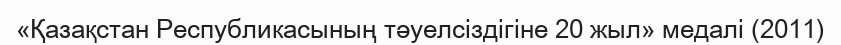
«Қазақстан Республикасының тәуелсіздігіне 20 жыл» медалі (2011)